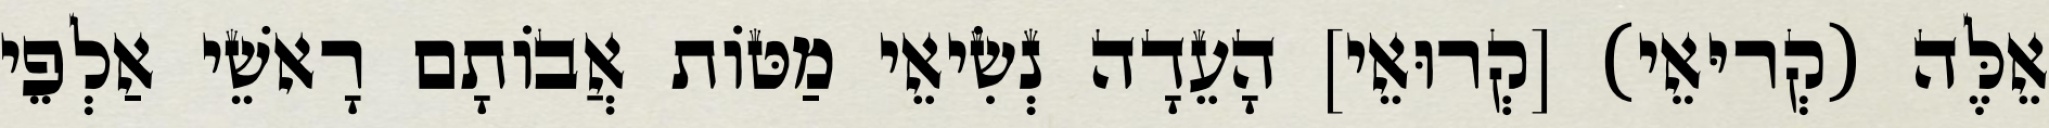
אֵלֶּה (קְריּאֵי) [קְרוּאֵי] הָעֵדָה נְשִׂיאֵי מַטּוֹת אֲבוֹתָם רָאשֵׁי אַלְפֵי